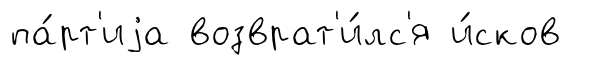
па́рт'иjа возврат'и́лс'я и́сков